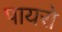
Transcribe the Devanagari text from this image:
पायरो